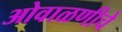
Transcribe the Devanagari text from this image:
ओवाळणीचे